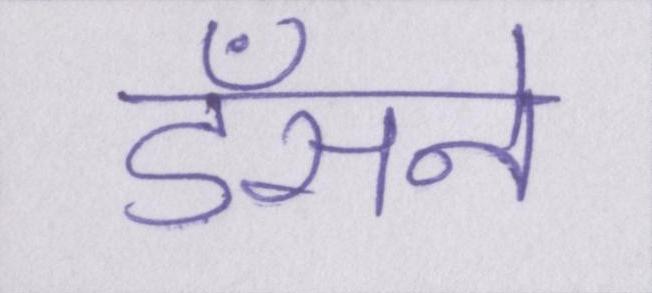
डँसने